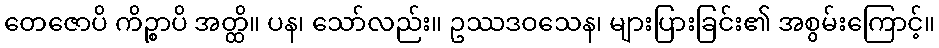
တေဇောပိ ကိဉ္စာပိ အတ္ထိ။ ပန၊ သော်လည်း။ ဥဿဒဝသေန၊ များပြားခြင်း၏ အစွမ်းကြောင့်။